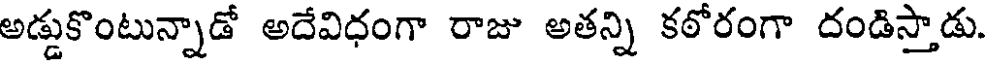
అడ్డుకొంటున్నాడో అదేవిధంగా రాజు అతన్ని కఠోరంగా దండిస్తాడు.